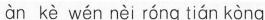
àn kè wén neì róng tían kòng